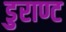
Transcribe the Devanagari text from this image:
डुराण्ट